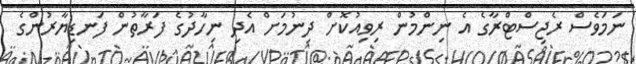
ނަމަވެސް ރެޖިސްޓްރާގެ އެ ނިންމުން ރިވިއުކޮށް ދިނުމަށް އެދި ނިހާދުގެ ފަރާތުން ފަނޑިޔާރުންގެ